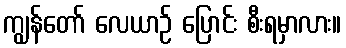
ကျွန်တော် လေယာဉ် ပြောင်း စီးရမှာလား။